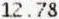
12.78